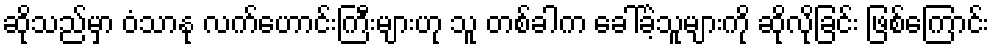
ဆိုသည်မှာ ဝံသာနု လက်ဟောင်းကြီးများဟု သူ တစ်ခါက ခေါ်ခဲ့သူများကို ဆိုလိုခြင်း ဖြစ်ကြောင်း